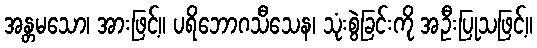
အန္တမသော၊ အားဖြင့်။ ပရိဘောဂသီသေန၊ သုံးစွဲခြင်းကို အဦးပြုသဖြင့်။